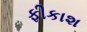
ફીકાશ